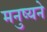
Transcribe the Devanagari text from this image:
मनुष्यने